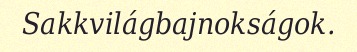
Sakkvilágbajnokságok.